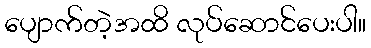
ပျောက်တဲ့အထိ လုပ်ဆောင်ပေးပါ။